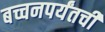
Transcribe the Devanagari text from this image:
बच्चनपर्यंतची